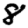
Digit: 8